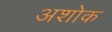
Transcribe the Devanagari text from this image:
अशोक